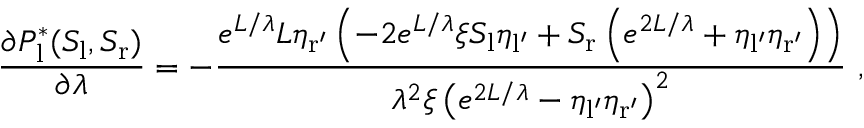
\frac { \partial P _ { \mathrm { l } } ^ { * } ( S _ { \mathrm { l } } , S _ { \mathrm { r } } ) } { \partial \lambda } = - \frac { e ^ { L / \lambda } L \eta _ { \mathrm { r ^ { \prime } } } \left( - 2 e ^ { L / \lambda } \xi S _ { \mathrm { l } } \eta _ { \mathrm { l ^ { \prime } } } + S _ { \mathrm { r } } \left( e ^ { 2 L / \lambda } + \eta _ { \mathrm { l ^ { \prime } } } \eta _ { \mathrm { r ^ { \prime } } } \right) \right) } { \lambda ^ { 2 } \xi \left( e ^ { 2 L / \lambda } - \eta _ { \mathrm { l ^ { \prime } } } \eta _ { \mathrm { r ^ { \prime } } } \right) ^ { 2 } } \ ,